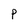
Character: p